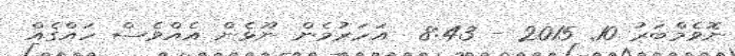
ނޮވެމްބަރު 10